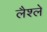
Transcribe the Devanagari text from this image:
लैश्ले